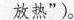
放热”)。